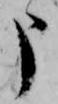
申